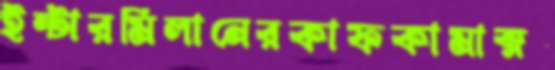
ইন্টারমিলানেরকাফকামাক্স